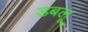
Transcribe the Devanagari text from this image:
डबलू